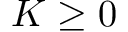
K \ge 0